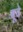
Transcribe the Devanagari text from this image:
बूवे